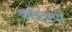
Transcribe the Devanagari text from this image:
कोष्टांपी